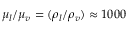
{ \mu _ { l } } / { \mu _ { v } } = ( { \rho _ { l } } / { \rho _ { v } } ) \approx 1 0 0 0